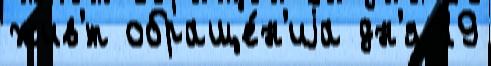
жив'́т обраще́н'иjа дн'я 19